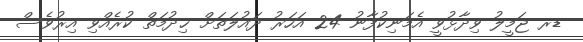
ޑރ ޖަމީލު ވިދާޅުވީ އެމަނިކުފާނު 24 އަހަރު ދައުލަތަށް ޚިދުމަތް ކުރެއްވި އިރުވެސް